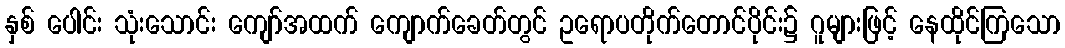
နှစ် ပေါင်း သုံးသောင်း ကျော်အထက် ကျောက်ခေတ်တွင် ဥရောပတိုက်တောင်ပိုင်း၌ ဂူများဖြင့် နေထိုင်ကြသော